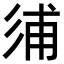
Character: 𢒏